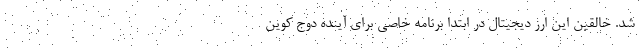
شد. خالقین این ارز دیجیتال در ابتدا برنامه خاصی برای آینده دوج کوین